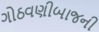
ગોઠવણીબાજની